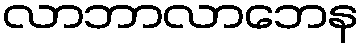
လာဘာလာဘေန